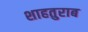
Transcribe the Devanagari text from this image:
शाहतुराब